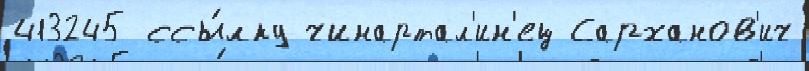
413245 ссы́лку чинартал'ин'ец Сарханов'ич